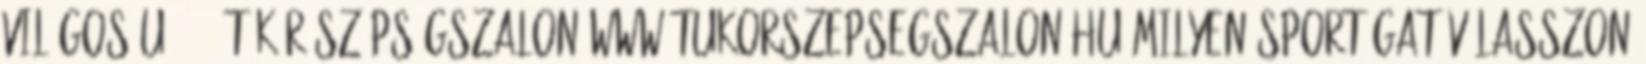
Világos u. 11. Tükör Szépségszalon www.tukorszepsegszalon.hu Milyen sportágat válasszon